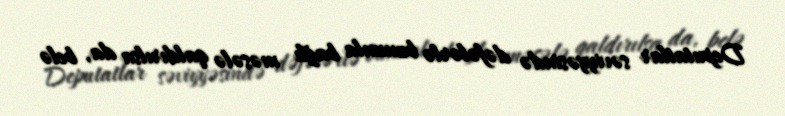
Deputatlar səviyyəsində dəfələrlə bununla bağlı məsələ qaldırılsa da, belə